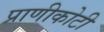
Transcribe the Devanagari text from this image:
प्राणीकोटी